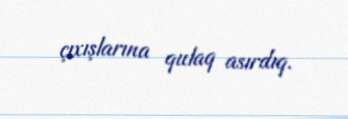
çıxışlarına qulaq asırdıq.